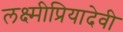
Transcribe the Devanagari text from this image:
लक्ष्मीप्रियादेवी